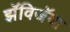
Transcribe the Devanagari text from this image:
झॅविजॅवा